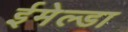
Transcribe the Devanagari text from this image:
ईमेल्डा